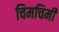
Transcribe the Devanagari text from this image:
चिमचिमी